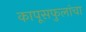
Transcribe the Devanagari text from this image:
कापूसफुलांचा